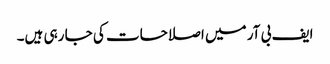
ایف بی آر میں اصلاحات کی جا رہی ہیں۔